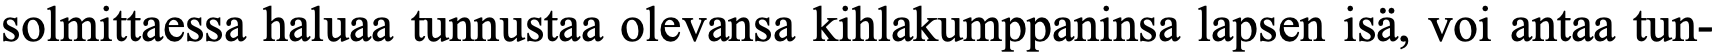
solmittaessa haluaa tunnustaa olevansa kihlakumppaninsa lapsen isä, voi antaa tun-